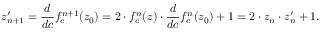
z _ { n + 1 } ^ { \prime } = { \frac { d } { d c } } f _ { c } ^ { n + 1 } ( z _ { 0 } ) = 2 \cdot { } f _ { c } ^ { n } ( z ) \cdot { \frac { d } { d c } } f _ { c } ^ { n } ( z _ { 0 } ) + 1 = 2 \cdot z _ { n } \cdot z _ { n } ^ { \prime } + 1 .